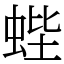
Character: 蜌